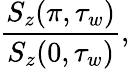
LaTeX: \frac{S_{z}(\pi,\tau_{w})}{S_{z}(0,\tau_{w})},